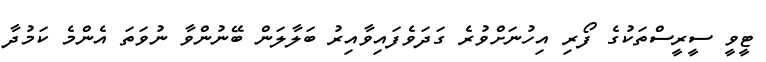
ޓީވީ ސީރީސްތަކުގެ ފޯރި އިހުނަށްވުރެ ގަދަވެފައިވާއިރު ބަލާލަން ބޭނުންވާ ނުވަތަ އެންމެ ކަމުދާ